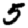
Digit: 5